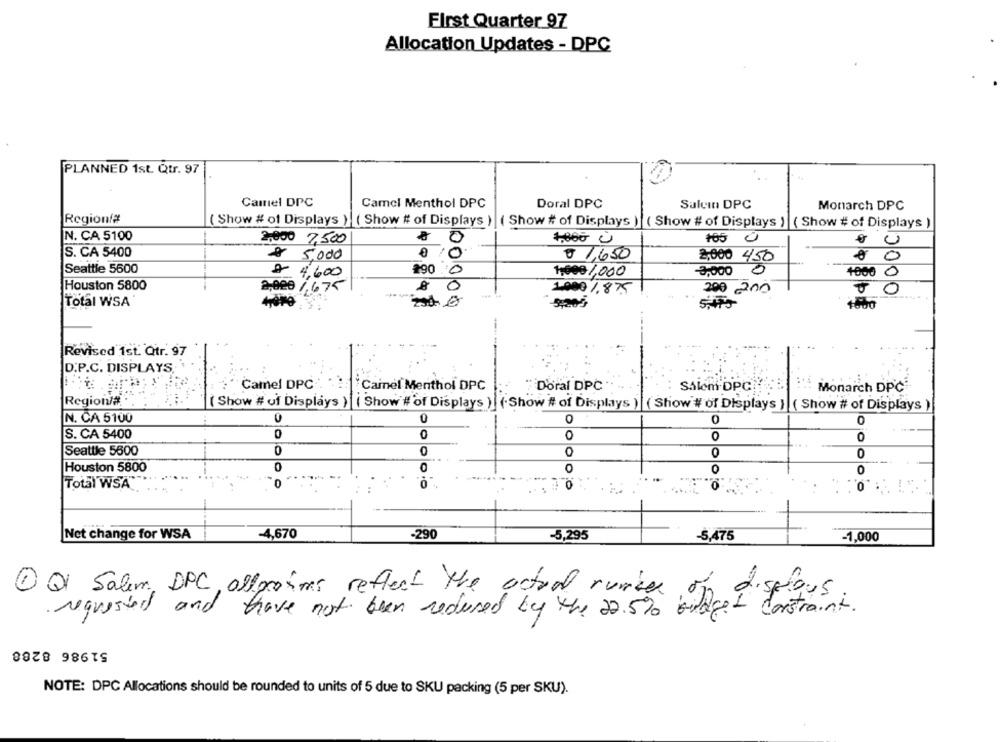
First Quarter 97
Allocation Updates - DPC
PLANNED 1st. Qtr. 97
Camel DPC
Camel Menthol DPC
Doral DPC
Salein DPC
Monarch DPC
Regionf#
000C
( Show # of Displays ) ( Show # of Displays ) ( Show # of Displays ) ( Show # of Displays ) ( Show # of Displays )
N. CA 5100
4,860 0
105
2,000 7,500
0
S. CA 5400
$ 5,000
0
$ 1650
0
2,000 450
Seattle 5600
€ 4,600
290
1,00€ 1,000
-3,000
1000 0
Houston 5800
2,000 1,675
290 200
1000 1.875
Total WSA
00000
1500
5.45
Revised 1st. Qtr. 97
D.P.C. DISPLAYS,
Camel DPC
Cainel Menthol DPC
Doral DPC
Salemi.DPC
Monarch DPC
Region#
( Show # of Displays } [ Show # of Displays ) | ( Show # of Displays ) | ( Show # of Displays ) ( Show # of Displays )
N. CA 5100
0
0
0
0
S. CA 5400
0
0
0
Seattle 5500
0
O
0
0
0
0
Houston 5800
0
0
Total WSA
0
0
0
-4,670
-290
-5,295
Net change for WSA
-5,475
-1,000
1 Ql Salem DPC offroims reflect the actual runter
displous
requested and have not been reduced by the 22.5% bildged constraint.
51986 8288
NOTE: DPC Allocations should be rounded to units of 5 due to SKU packing (5 per SKU).